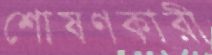
শোষণকারী